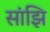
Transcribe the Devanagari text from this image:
सांझि